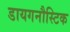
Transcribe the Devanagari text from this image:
डायगनौस्टिक